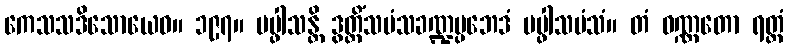
ကေသသဒိသောယေဝ။ ၁၉၇။ ပပ္ဖါသန္တိ ဒွတ္တိံသမံသခဏ္ဍပ္ပဘေဒံ ပပ္ဖါသမံသံ။ တံ ဝဏ္ဏတော ရတ္တံ